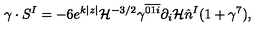
\gamma \cdot S ^ { I } = - 6 e ^ { k | z | } { \cal H } ^ { - 3 / 2 } \gamma ^ { \overline { { 0 1 i } } } \partial _ { i } { \cal H } \hat { n } ^ { I } ( 1 + \gamma ^ { 7 } ) ,